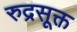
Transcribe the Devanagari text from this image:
रुद्रसूक्त